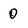
Character: 0